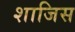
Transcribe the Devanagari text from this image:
शाजिस